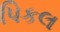
પિકલ